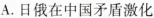
A.日俄在中国矛盾激化